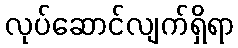
လုပ်ဆောင်လျက်ရှိရာ